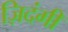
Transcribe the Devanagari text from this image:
ज़िदंगी